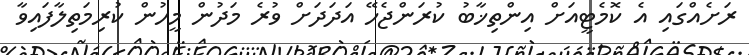
ރަށެއްގައި އެ ކޮމެޓީއަށް އިންތިޚާބު ކުރަންޖެހޭ އަދަދަށް ވުރެ މަދުން މީހުން ކުރިމަތިލާފައިވާ